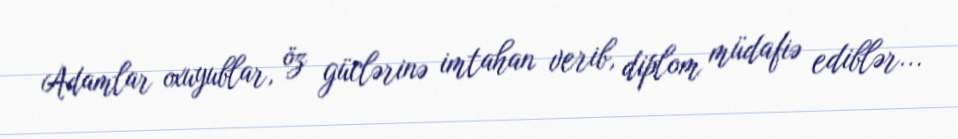
Adamlar oxuyublar, öz güclərinə imtahan verib, diplom müdafiə ediblər...